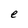
Character: e